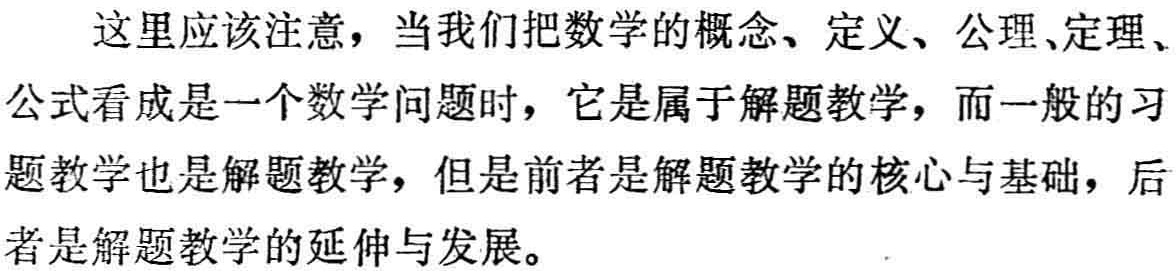
这里应该注意，当我们把数学的概念、定义、公理、定理、公式看成是一个数学问题时，它是属于解题教学，而一般的习题教学也是解题教学，但是前者是解题教学的核心与基础，后者是解题教学的延伸与发展。